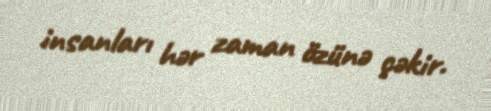
insanları hər zaman özünə çəkir.